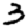
Digit: 3